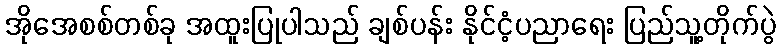
အိုအေစစ်တစ်ခု အထူးပြုပါသည် ချစ်ပန်း နိုင်ငံ့ပညာရေး ပြည်သူ့တိုက်ပွဲ